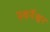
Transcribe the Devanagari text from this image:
स्वर्नेश्वर